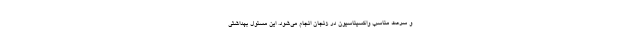
و سرعت مناسب واکسیناسیون در زنجان انجام می‌شود. این مسئول بهداشتی